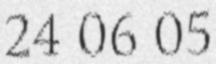
24 06 05